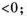
<0；